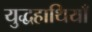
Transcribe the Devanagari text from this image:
युद्धहाथियाँ